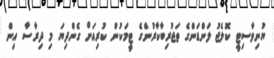
ޔުނިވާސިޓީ ކޮލެޖު ލަންޑަންގެ ތަޖުރިބާކާރުންގެ ޓީމަކުން ކުރިއަށް ގެންދިޔަ މި ދިރާސާ އިން